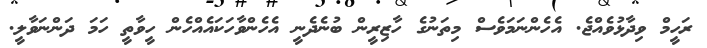
ރަހީމް ވިދާޅުވެއްޖެ. އެހެންނަމަވެސް މިތަނުގެ ހާޒިރީން ބުނެދެނީ އެހެންވާހަކައެއްހެން ހީވާތީ ހަމަ ދަންނަވާލީ.